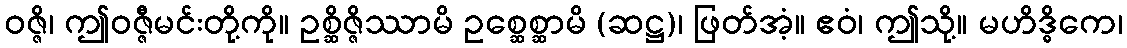
ဝဇ္ဇိ၊ ဤဝဇ္ဇီမင်းတို့ကို။ ဥစ္ဆိဇ္ဇိဿာမိ ဥစ္ဆေစ္ဆာမိ (ဆဋ္ဌ)၊ ဖြတ်အံ့။ ဧဝံ၊ ဤသို့။ မဟိဒ္ဓိကေ၊